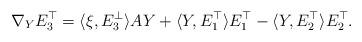
LaTeX: \begin{align*}\nabla_YE_3^{\top}=\langle\xi,E_3^{\perp}\rangle AY+\langle Y,E_1^{\top}\rangle E_1^{\top}-\langle Y,E_2^{\top}\rangle E_2^{\top}.\end{align*}